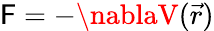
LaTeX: \mathsf{F}=-\nablaV({\vec{{r}}})